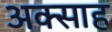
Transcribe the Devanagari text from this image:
अक्साह